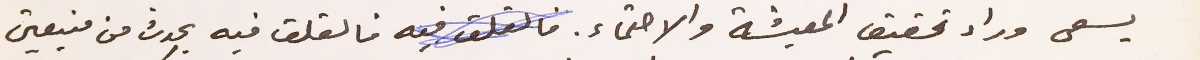
يسعى وراء تحقيق المعيشة والاحتماء. فالقلق فيه يحدث من منبعين